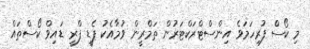
މި ކޯސް ފުރިހަމަވެ އިންސްޓްރަކްޓަރުން ތަމްރީން ވުމާއެކު ޕެޑީ ފްރީ ޑައިވް ކޯސްތައް